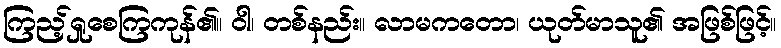
ကြည့်ရှုစေကြကုန်၏။ ဝါ၊ တစ်နည်း။ လာမကတော၊ ယုတ်မာသူ၏ အဖြစ်ဖြင့်။